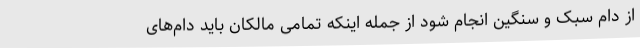
از دام سبک و سنگین انجام شود از جمله اینکه تمامی مالکان باید دام‌های